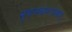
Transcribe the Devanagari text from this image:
सूत्रालंकारशास्त्रम्